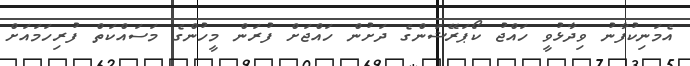
އެމަނިކުފާނު ވިދާޅުވީ ހައްޖު ކޯޕަރޭޝަންގެ ދަށުން ހައްޖަށް ފުރަން މީހުންގެ މަސައްކަތް ފުރިހަމައަށް